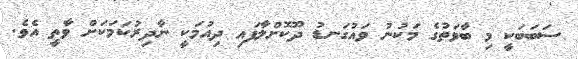
ސަބަބަކީ މި ބާވަތުގެ މަކުނު ވައުގަނޑު ދޫކޮށްލާފައި ދިއުމަކީ ނާދިރުކަމަކަށް ވާތީ އެވެ.